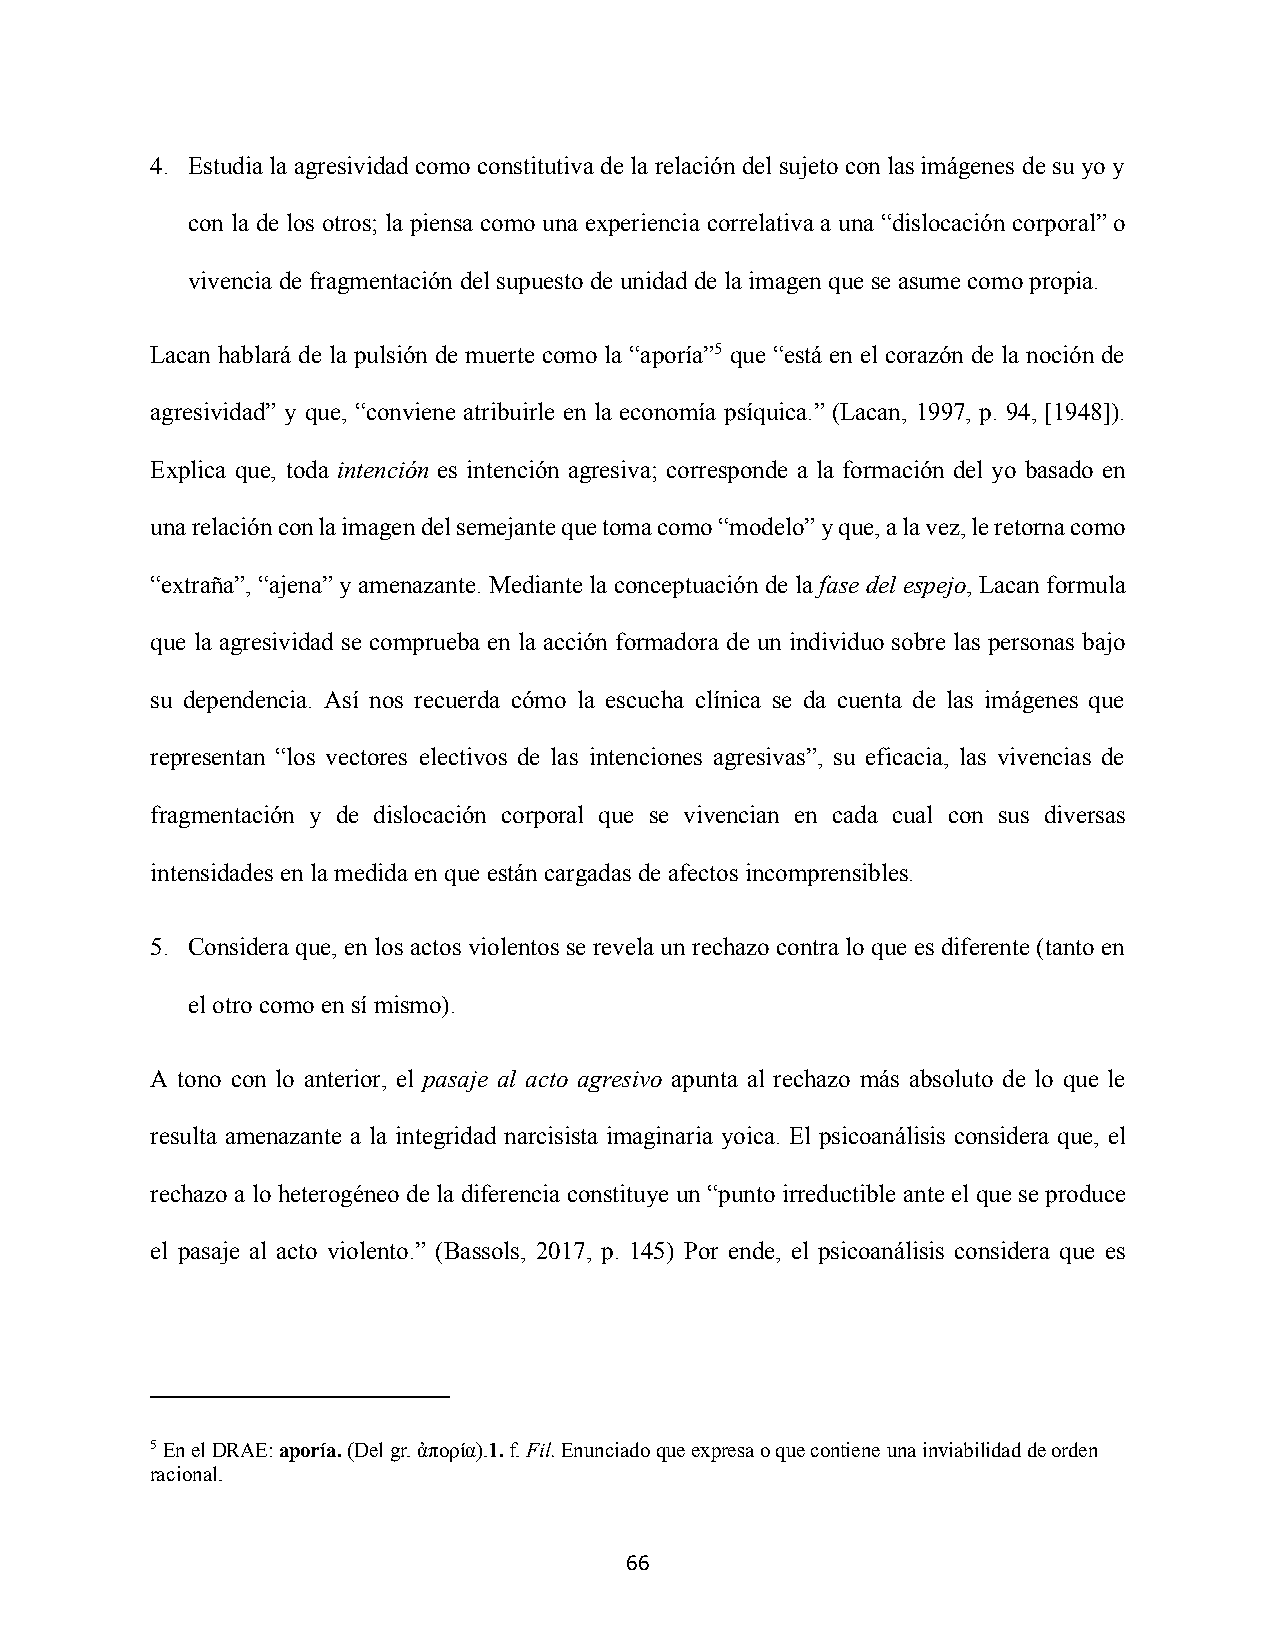
4. Estudia la agresividad como constitutiva de la relación del sujeto con las imágenes de su yo y
 con la de los otros; la piensa como una experiencia correlativa a una “dislocación corporal” o
 vivencia de fragmentación del supuesto de unidad de la imagen que se asume como propia.
 Lacan hablará de la pulsión de muerte como la “aporía”5 que “está en el corazón de la noción de
 agresividad” y que, “conviene atribuirle en la economía psíquica.” (Lacan, 1997, p. 94, [1948]).
 Explica que, toda intención es intención agresiva; corresponde a la formación del yo basado en
 una relación con la imagen del semejante que toma como “modelo” y que, a la vez, le retorna como
 “extraña”, “ajena” y amenazante. Mediante la conceptuación de la fase del espejo, Lacan formula
 que la agresividad se comprueba en la acción formadora de un individuo sobre las personas bajo
 su dependencia. Así nos recuerda cómo la escucha clínica se da cuenta de las imágenes que
 representan “los vectores electivos de las intenciones agresivas”, su eficacia, las vivencias de
 fragmentación y de dislocación corporal que se vivencian en cada cual con sus diversas
 intensidades en la medida en que están cargadas de afectos incomprensibles.
 5. Considera que, en los actos violentos se revela un rechazo contra lo que es diferente (tanto en
 el otro como en sí mismo).
 A tono con lo anterior, el pasaje al acto agresivo apunta al rechazo más absoluto de lo que le
 resulta amenazante a la integridad narcisista imaginaria yoica. El psicoanálisis considera que, el
 rechazo a lo heterogéneo de la diferencia constituye un “punto irreductible ante el que se produce
 el pasaje al acto violento.” (Bassols, 2017, p. 145) Por ende, el psicoanálisis considera que es
 5 En el DRAE: aporía. (Del gr. ἀπορία).1. f. Fil. Enunciado que expresa o que contiene una inviabilidad de orden
 racional.
 66